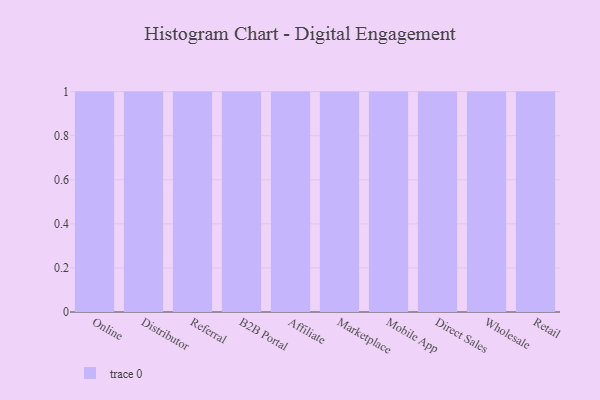
{"axis": {"x": "Channel", "y": "Production Output"}, "legend": [""], "data": [{"x": "Online", "y": 7, "type": ""}, {"x": "Distributor", "y": 31, "type": ""}, {"x": "Referral", "y": 95, "type": ""}, {"x": "B2B Portal", "y": 54, "type": ""}, {"x": "Affiliate", "y": 35, "type": ""}, {"x": "Marketplace", "y": 54, "type": ""}, {"x": "Mobile App", "y": 57, "type": ""}, {"x": "Direct Sales", "y": 71, "type": ""}, {"x": "Wholesale", "y": 75, "type": ""}, {"x": "Retail", "y": 60, "type": ""}]}